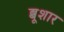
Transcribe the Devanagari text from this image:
ब्बूशार